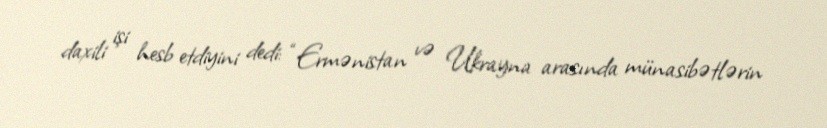
daxili işi hesb etdiyini dedi: “Ermənistan və Ukrayna arasında münasibətlərin